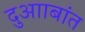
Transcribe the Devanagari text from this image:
दुआाबांत